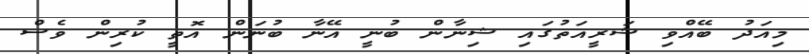
މިއަދު ބޭއްވި ޝަރީއަތުގައި ޝިނާން ބުނީ އޭނާ ބުނަން އޮތީ ކުރިން ވެސް